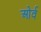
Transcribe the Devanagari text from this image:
ओर्व